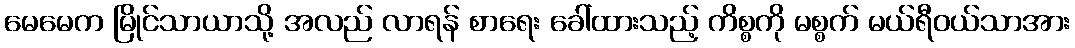
မေမေက မြိုင်သာယာသို့ အလည် လာရန် စာရေး ခေါ်ထားသည့် ကိစ္စကို မစ္စက် မယ်ရီဝယ်သာအား